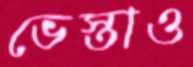
ভেস্তাও